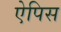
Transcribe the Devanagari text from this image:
ऐपिस